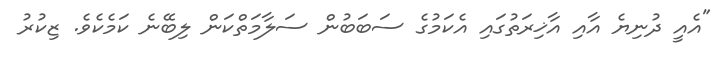
"އެއީ ދުނިޔެ އާއި އާޚިރަތުގައި އެކަމުގެ ސަބަބުން ސަލާމަތްކަން ލިބޭނެ ކަމެކެވެ. ޒިކުރު